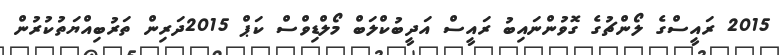
2015 ރައީސްގެ ލޯންޗުގެ ގޮވުންނައިބު ރައީސް އަދީބުކްލަބް މޯލްޑިވްސް ކަޕް 2015ދަރިން ތަރުބިއްޔަތުކުރުން